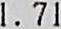
1.71